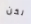
لكن